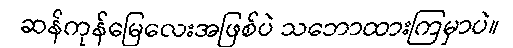
ဆန်ကုန်မြေလေးအဖြစ်ပဲ သဘောထားကြမှာပဲ။